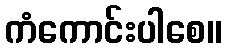
ကံကောင်းပါစေ။